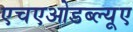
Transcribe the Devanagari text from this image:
एचएओडब्ल्यूए